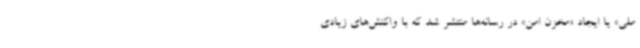
ملی» یا ایجاد «مخزن امن» در رسانه‌ها منتشر شد که با واکنش‌های زیادی